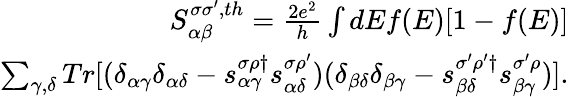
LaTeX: \begin{array}{r}{{S_{\alpha\beta}^{\sigma\sigma^{\prime},th}}=\frac{2e^{2}}{h}\int dEf(E)[1-f(E)]}\\ {\sum_{\gamma,\delta}Tr[(\delta_{\alpha\gamma}\delta_{\alpha\delta}-s_{\alpha\gamma}^{\sigma\rho\dagger}s_{\alpha\delta}^{\sigma\rho^{\prime}})(\delta_{\beta\delta}\delta_{\beta\gamma}-s_{\beta\delta}^{\sigma^{\prime}\rho^{\prime}\dagger}s_{\beta\gamma}^{\sigma^{\prime}\rho})].}\end{array}